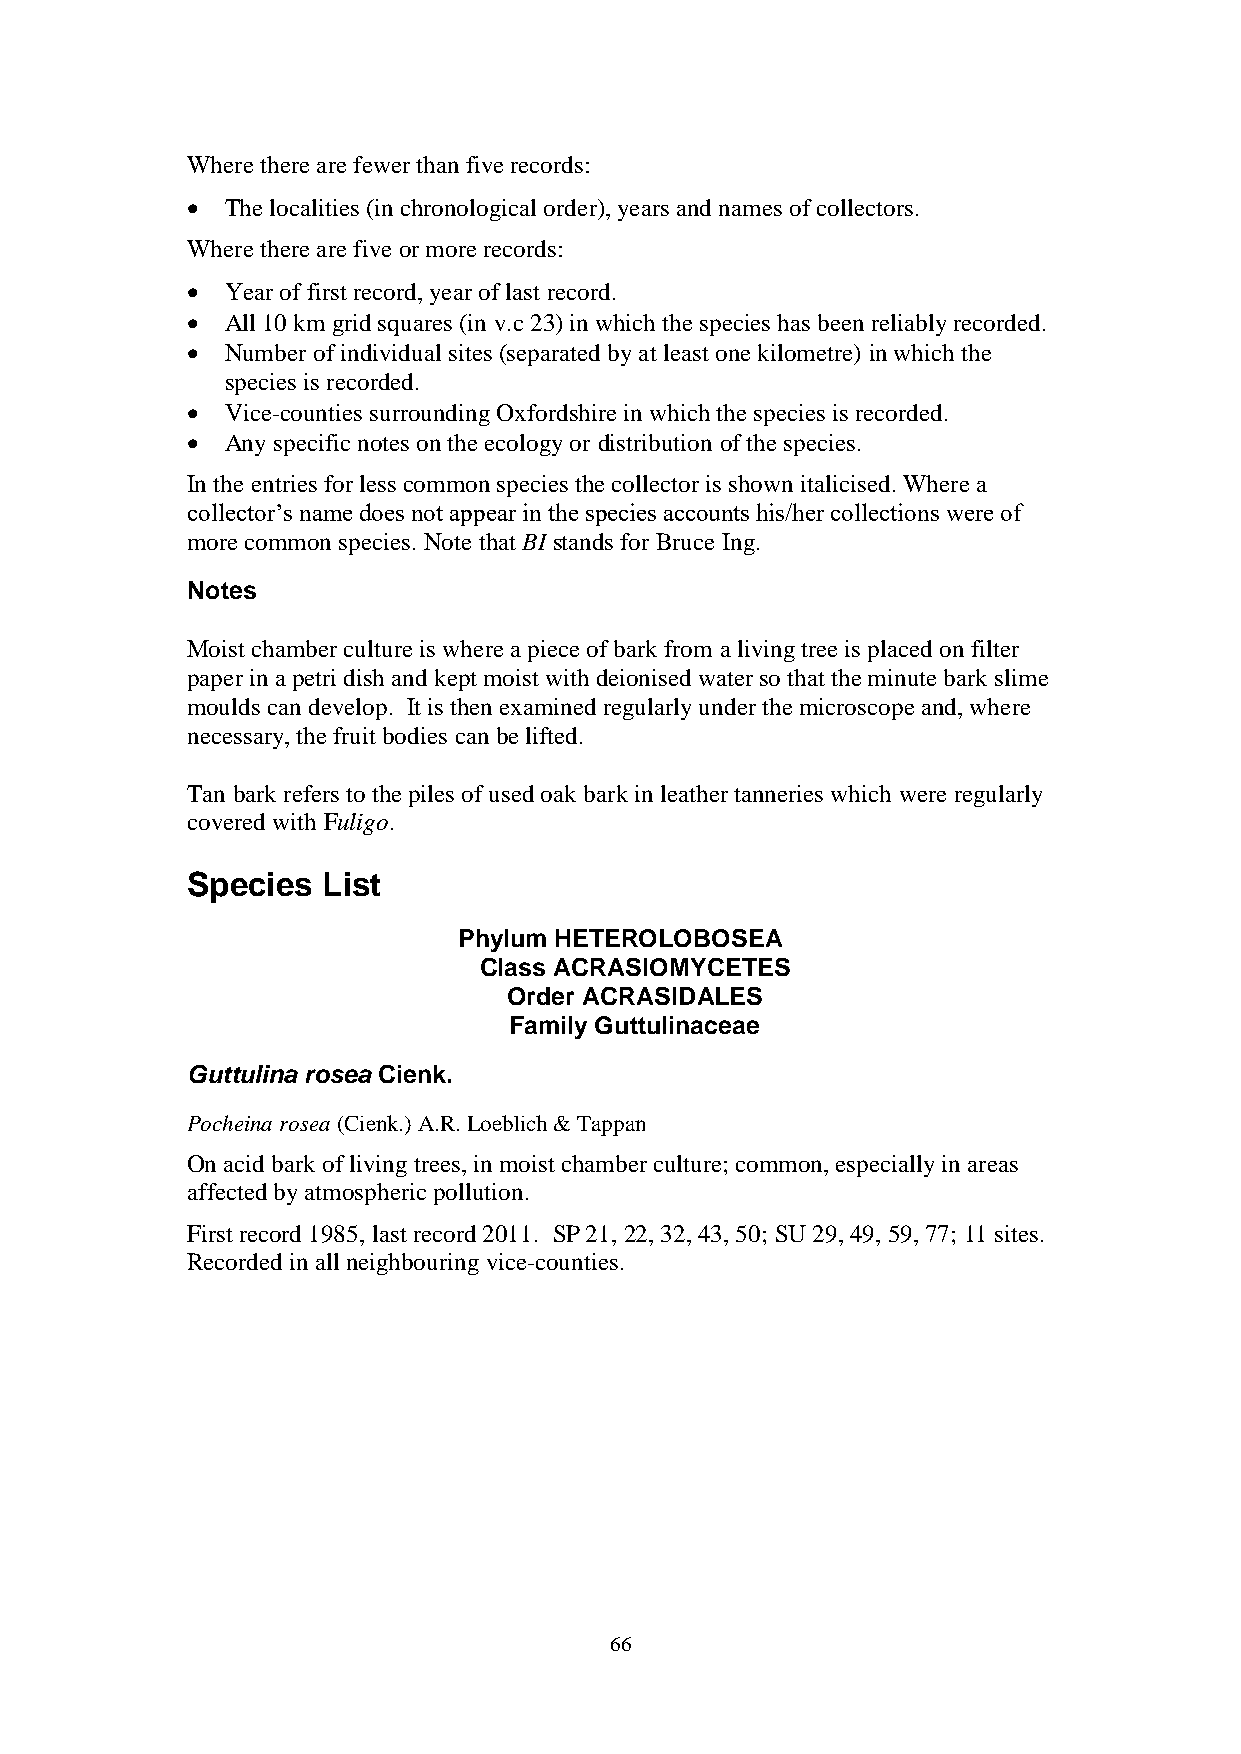
Where there are fewer than five records:
   The localities (in chronological order), years and names of collectors.
 Where there are five or more records:
   Year of first record, year of last record.
   All 10 km grid squares (in v.c 23) in which the species has been reliably recorded.
   Number of individual sites (separated by at least one kilometre) in which the
 species is recorded.
   Vice-counties surrounding Oxfordshire in which the species is recorded.
   Any specific notes on the ecology or distribution of the species.
 In the entries for less common species the collector is shown italicised. Where a
 collector’s name does not appear in the species accounts his/her collections were of
 more common species. Note that BI stands for Bruce Ing.
 Notes
 Moist chamber culture is where a piece of bark from a living tree is placed on filter
 paper in a petri dish and kept moist with deionised water so that the minute bark slime
 moulds can develop. It is then examined regularly under the microscope and, where
 necessary, the fruit bodies can be lifted.
 Tan bark refers to the piles of used oak bark in leather tanneries which were regularly
 covered with Fuligo.
 Species  List
 Phylum HETEROLOBOSEA
 Class ACRASIOMYCETES
 Order ACRASIDALES
 Family Guttulinaceae
 Guttulina rosea Cienk.
 Pocheina rosea (Cienk.) A.R. Loeblich & Tappan
 On acid bark of living trees, in moist chamber culture; common, especially in areas
 affected by atmospheric pollution.
 First record 1985, last record 2011. SP 21, 22, 32, 43, 50; SU 29, 49, 59, 77; 11 sites.
 Recorded in all neighbouring vice-counties.
 66